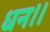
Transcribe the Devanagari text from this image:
धन॥